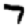
Digit: 7